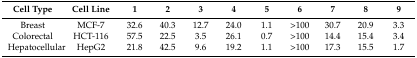
<table><thead><tr><td><b>Cell Type</b></td><td><b>Cell Line</b></td><td><b>1</b></td><td><b>2</b></td><td><b>3</b></td><td><b>4</b></td><td><b>5</b></td><td><b>6</b></td><td><b>7</b></td><td><b>8</b></td><td><b>9</b></td></tr></thead><tbody><tr><td>Breast</td><td>MCF-7</td><td>32.6</td><td>40.3</td><td>12.7</td><td>24.0</td><td>1.1</td><td>&gt;100</td><td>30.7</td><td>20.9</td><td>3.3</td></tr><tr><td>Colorectal</td><td>HCT-116</td><td>57.5</td><td>22.5</td><td>3.5</td><td>26.1</td><td>0.7</td><td>&gt;100</td><td>14.4</td><td>15.4</td><td>3.4</td></tr><tr><td>Hepatocellular</td><td>HepG2</td><td>21.8</td><td>42.5</td><td>9.6</td><td>19.2</td><td>1.1</td><td>&gt;100</td><td>17.3</td><td>15.5</td><td>1.7</td></tr></tbody></table>